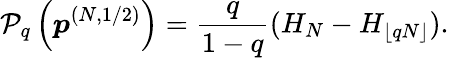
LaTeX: \mathcal{P}_{q}\left(\boldsymbol{p}^{(N,1/2)}\right)=\frac{q}{1-q}(H_{N}-H_{\lfloor qN\rfloor}).